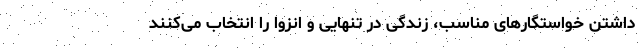
داشتن خواستگارهای مناسب، زندگی در تنهایی و انزوا را انتخاب می‌کنند